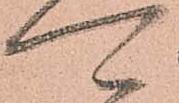
可